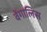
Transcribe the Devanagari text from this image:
वेंगालिस